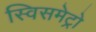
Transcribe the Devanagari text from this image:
स्विसमेट्रो